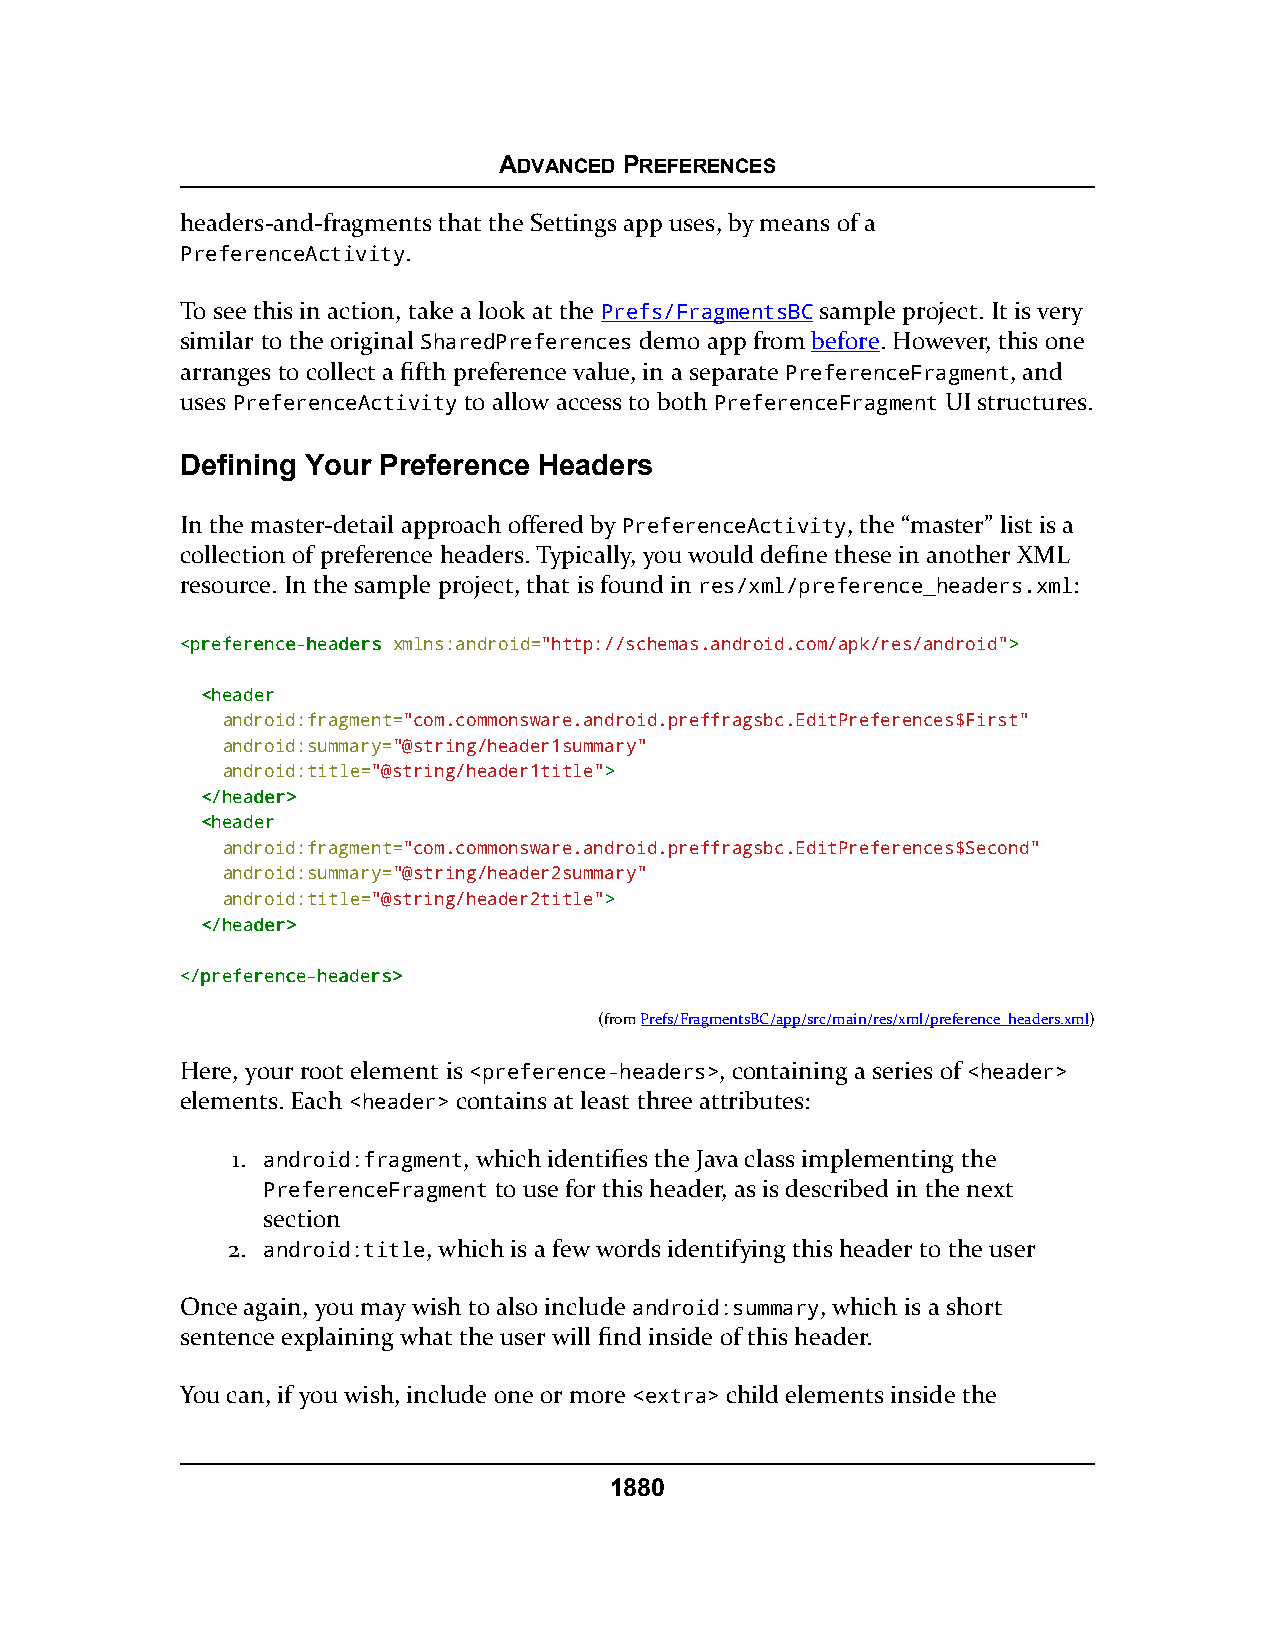
ADVANCED PREFERENCES
 headers-and-fragments that the Settings app uses, by means of a
 PreferenceActivity.
 To see this in action, take a look at the Prefs/FragmentsBC sample project. It is very
 similar to the original SharedPreferences demo app from before. However, this one
 arranges to collect a fifth preference value, in a separate PreferenceFragment, and
 uses PreferenceActivity to allow access to both PreferenceFragment UI structures.
 Defining Your Preference Headers
 In the master-detail approach offered by PreferenceActivity, the “master” list is a
 collection of preference headers. Typically, you would define these in another XML
 resource. In the sample project, that is found in res/xml/preference_headers.xml:
 <<pprreeffeerreennccee--hheeaaddeerrss xmlns:android="http://schemas.android.com/apk/res/android">>
 <<hheeaaddeerr
 android:fragment="com.commonsware.android.preffragsbc.EditPreferences$First"
 android:summary="@string/header1summary"
 android:title="@string/header1title">>
 <<//hheeaaddeerr>>
 <<hheeaaddeerr
 android:fragment="com.commonsware.android.preffragsbc.EditPreferences$Second"
 android:summary="@string/header2summary"
 android:title="@string/header2title">>
 <<//hheeaaddeerr>>
 <<//pprreeffeerreennccee--hheeaaddeerrss>>
 (fromPrefs/FragmentsBC/app/src/main/res/xml/preference_headers.xml)
 Here, your root element is <preference-headers>, containing a series of <header>
 elements. Each <header> contains at least three attributes:
 1. android:fragment, which identifies the Java class implementing the
 PreferenceFragment to use for this header, as is described in the next
 section
 2. android:title, which is a few words identifying this header to the user
 Once again, you may wish to also include android:summary, which is a short
 sentence explaining what the user will find inside of this header.
 You can, if you wish, include one or more <extra> child elements inside the
 1880